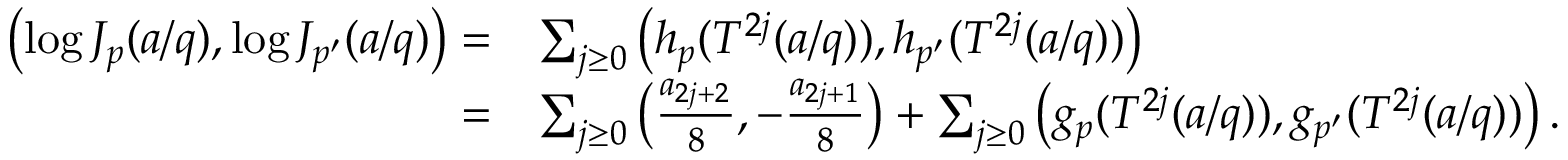
\begin{array} { r l } { \left( \log J _ { p } ( a / q ) , \log J _ { p ^ { \prime } } ( a / q ) \right) = } & { \sum _ { j \ge 0 } \left( h _ { p } ( T ^ { 2 j } ( a / q ) ) , h _ { p ^ { \prime } } ( T ^ { 2 j } ( a / q ) ) \right) } \\ { = } & { \sum _ { j \ge 0 } \left( \frac { a _ { 2 j + 2 } } { 8 } , - \frac { a _ { 2 j + 1 } } { 8 } \right) + \sum _ { j \ge 0 } \left( g _ { p } ( T ^ { 2 j } ( a / q ) ) , g _ { p ^ { \prime } } ( T ^ { 2 j } ( a / q ) ) \right) . } \end{array}